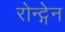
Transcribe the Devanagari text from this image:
रोन्ट्गेेन